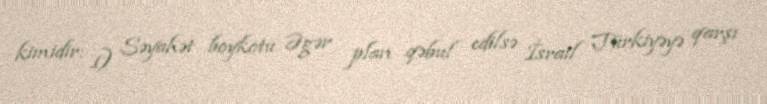
kimidir: 1) Səyahət boykotu Əgər plan qəbul edilsə İsrail Türkiyəyə qarşı